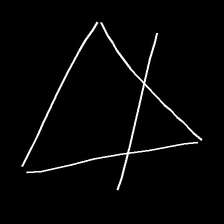
Glyph: empower